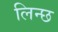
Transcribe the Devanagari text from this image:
लिन्छ